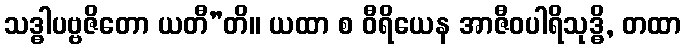
သဒ္ဓါပဗ္ဗဇိတော ယတီ”တိ။ ယထာ စ ဝီရိယေန အာဇီဝပါရိသုဒ္ဓိ, တထာ